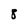
Character: 8